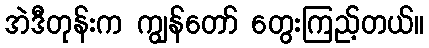
အဲဒီတုန်းက ကျွန်တော် တွေးကြည့်တယ်။